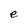
Character: e